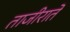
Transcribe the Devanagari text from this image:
ताजीराते